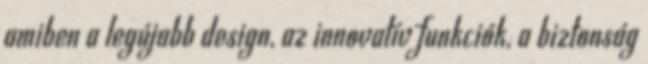
amiben a legújabb design, az innovatív funkciók, a biztonság